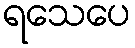
ရသေပေ